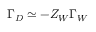
\Gamma _ { D } \simeq - Z _ { W } \Gamma _ { W }